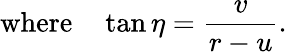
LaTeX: \mathrm{where}\ \ \ \ \tan\eta={\frac{v}{r-u}}.